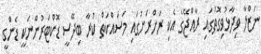
ނަޒްލާ ވިދާޅުވިގޮތުގައި ރާއްޖޭގެ އެކި ރަށްރަށުގައި މަސައްކަތް ކުރާ ބިދޭސީ ޑޮކްޓަރުންނަކީ ޑެންގީ